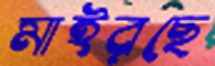
মাইরছে